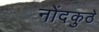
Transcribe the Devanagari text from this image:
नोंदकुठे